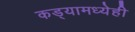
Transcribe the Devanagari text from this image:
कड्यामध्येही